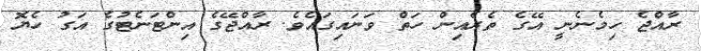
ރާއްޖެ ހިމެނެނީ އޭގެ ތެރެއިން ހަތް ވަނައިގައެވެ. ރާއްޖޭގެ އިންޓަނެޓުގެ އަގު ހެޔޮ